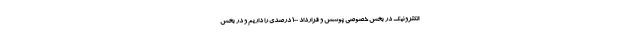
الکترونیک در بخش خصوصی پوشش و قرارداد 100 درصدی را داریم و در بخش